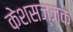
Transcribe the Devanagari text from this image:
केशसज्जक